Indian journal of veterinary science and animal husbandry - Volume 4,
Year: 1934
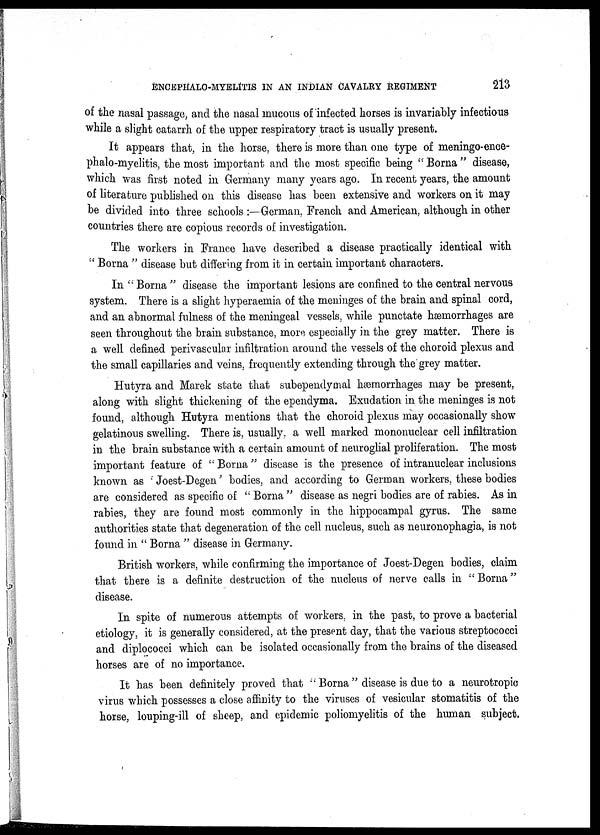
ENCEPHALO-MYELITIS IN AN INDIAN CAVALRY
REGIMENT
213
of the nasal passage, and the nasal mucous of infected horses is invariably infectious
while a slight catarrh of the upper respiratory tract is usually present.
It appears that, in the horse, there is more than one type of meningo-ence-
phalo-myelitis, the most important and the most specific being " Borna " disease,
which was first noted in Germany many years ago. In recent years, the amount
of literature published on this disease has been extensive and workers on it may
be divided into three schools :—German, French and American, although in other
countries there are copious records of investigation.
The workers in France have described a disease practically identical with
" Borna " disease but differing from it in certain important characters.
In " Borna " disease the important lesions are confined to the central nervous
system. There is a slight hyperaemia of the meninges of the brain and spinal cord,
and an abnormal fulness of the meningeal vessels, while punctate hæmorrhages are
seen throughout the brain substance, more especially in the grey matter. There is
a well defined perivascular infiltration around the vessels of the choroid plexus and
the small capillaries and veins, frequently extending through the grey matter.
Hutyra and Marek state that subependymal hæmorrhages may be present,
along with slight thickening of the ependyma. Exudation in the meninges is not
found, although Hutyra mentions that the choroid plexus may occasionally show
gelatinous swelling. There is, usually, a well marked mononuclear cell infiltration
in the brain substance with a certain amount of neuroglial proliferation. The most
important feature of " Borna" disease is the presence of intranuclear inclusions
known as Joest-Degen' bodies, and according to German workers, these bodies
are considered as specific of " Borna " disease as negri bodies are of rabies. As in
rabies, they are found most commonly in the hippocampal gyrus. The same
authorities state that degeneration of the cell nucleus, such as neuronophagia, is not
found in " Borna " disease in Germany.
British workers, while confirming the importance of Joest-Degen bodies, claim
that there is a definite destruction of the nucleus of nerve calls in "Borna"
disease.
In spite of numerous attempts of workers, in the past, to prove a bacterial
etiology, it is generally considered, at the present day, that the various streptococci
and diplococci which can be isolated occasionally from the brains of the diseased
horses are of no importance.
It has been definitely proved that "Borna" disease is due to a neurotropic
virus which possesses a close affinity to the viruses of vesicular stomatitis of the
horse, louping-ill of sheep, and epidemic poliomyelitis of the human subject.